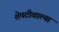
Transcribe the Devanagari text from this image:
शेपटीवाल्या